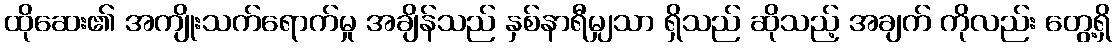
ထိုဆေး၏ အကျိုးသက်ရောက်မှု အချိန်သည် နှစ်နာရီမျှသာ ရှိသည် ဆိုသည့် အချက် ကိုလည်း တွေ့ရှိ